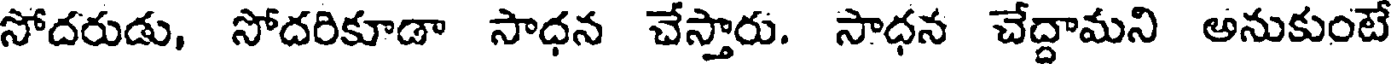
సోదరుడు, సోదరికూడా సాధన చేస్తారు. సాధన చేద్దామని అనుకుంటే